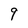
Character: 9